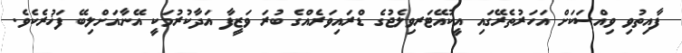
ފާއިތުވި ވިއްސަކަށް އަހަރުތެރޭގައި އީކުއޭޓަރވިލެޖުގެ ޑްރައިވަރެއްގެ ބުރަ ވަޒީފާ އަދާކުރުމަކީ އޭނާއަށްލިބޭ ފަޚުރެކެވެ.